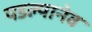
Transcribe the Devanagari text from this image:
पडल्यानेव